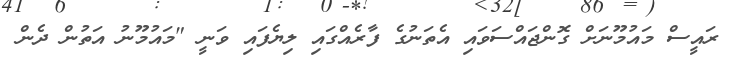
ރައީސް މައުމޫނަށް ގޮންޖައްސަވައި އެތަނުގެ ފާރެއްގައި ލިޔެފައި ވަނީ "މައުމޫނު އަތުން ދެން